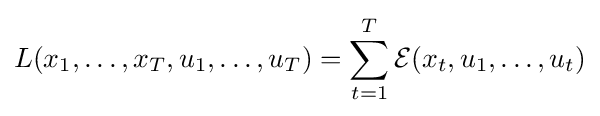
L(x_{1},\dots ,x_{T},u_{1},\dots ,u_{T})=\sum _{t=1}^{T}{\mathcal {E}}(x_{t},u_{1},\dots ,u_{t})